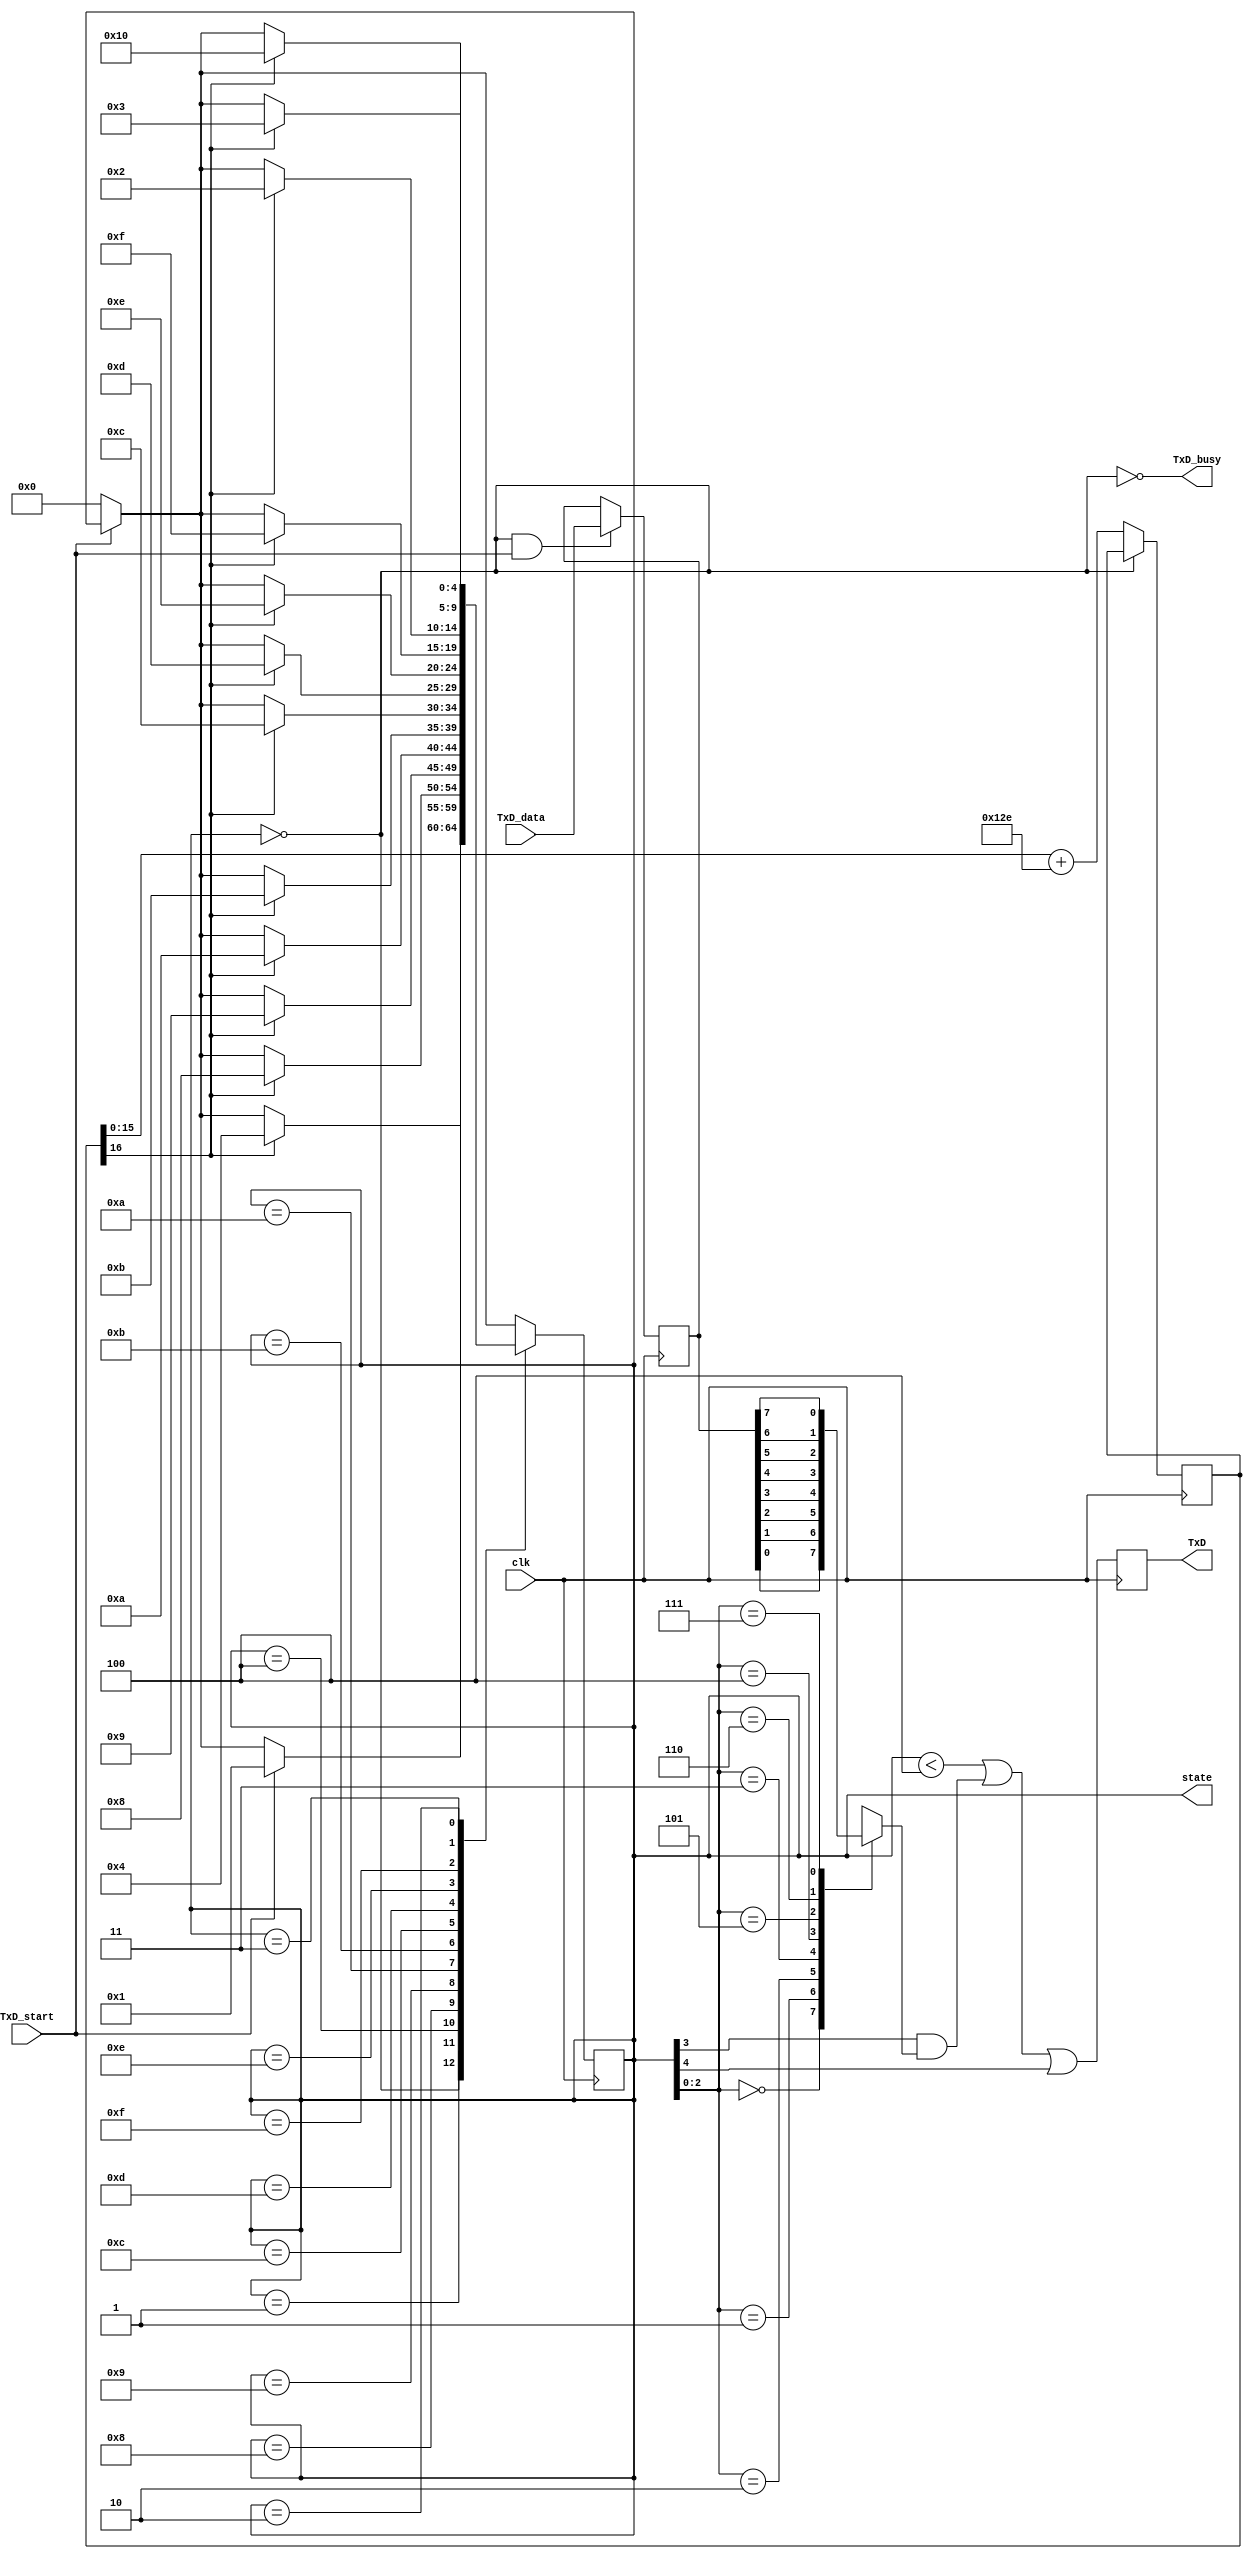
// RS-232 TX module
// (c) fpga4fun.com KNJN LLC - 2003, 2004, 2005, 2006

//`define DEBUG   // in DEBUG mode, we output one bit per clock cycle (useful for faster simulations)

module async_transmit(clk, TxD_start, TxD_data, TxD, TxD_busy, state);
input clk, TxD_start;
input [7:0] TxD_data;
output TxD, TxD_busy;
output [4:0] state;

parameter ClkFrequency = 25000000;	// 25MHz
parameter Baud = 115200;
parameter RegisterInputData = 1;	// in RegisterInputData mode, the input doesn't have to stay valid while the character is been transmitted

// Baud generator
parameter BaudGeneratorAccWidth = 16;
reg [BaudGeneratorAccWidth:0] BaudGeneratorAcc;
// `ifdef DEBUG
// wire [BaudGeneratorAccWidth:0] BaudGeneratorInc = 17'h10000;
// `else
wire [BaudGeneratorAccWidth:0] BaudGeneratorInc = ((Baud<<(BaudGeneratorAccWidth-4))+(ClkFrequency>>5))/(ClkFrequency>>4);
// `endif

wire BaudTick = BaudGeneratorAcc[BaudGeneratorAccWidth];
wire TxD_busy;
always @(posedge clk) if(TxD_busy) BaudGeneratorAcc <= BaudGeneratorAcc[BaudGeneratorAccWidth-1:0] + BaudGeneratorInc;

// Transmitter state machine
reg [4:0] state = 5'b00000;
wire TxD_ready = (state==0);
assign TxD_busy = ~TxD_ready;

reg [7:0] TxD_dataReg;
always @(posedge clk) if(TxD_ready & TxD_start) TxD_dataReg <= TxD_data;
wire [7:0] TxD_dataD = RegisterInputData ? TxD_dataReg : TxD_data;

always @(posedge clk) begin
	if (TxD_start == 0) state <= 5'b00000;

	case(state)
		5'b00000: if(TxD_start) state <= 5'b00001;
		5'b00001: if(BaudTick) state <= 5'b00100;
		5'b00100: if(BaudTick) state <= 5'b01000;  // start
		5'b01000: if(BaudTick) state <= 5'b01001;  // bit 0
		5'b01001: if(BaudTick) state <= 5'b01010;  // bit 1
		5'b01010: if(BaudTick) state <= 5'b01011;  // bit 2
		5'b01011: if(BaudTick) state <= 5'b01100;  // bit 3
		5'b01100: if(BaudTick) state <= 5'b01101;  // bit 4
		5'b01101: if(BaudTick) state <= 5'b01110;  // bit 5
		5'b01110: if(BaudTick) state <= 5'b01111;  // bit 6
		5'b01111: if(BaudTick) state <= 5'b00010;  // bit 7
		5'b00010: if(BaudTick) state <= 5'b00011;  // stop1
		//4'b0011: if(BaudTick) state <= 4'b0000;  // stop2
		5'b00011: if(BaudTick) state <= 5'b10000;  // stop2
		//default: if(BaudTick) state <= 4'b0000;
	endcase
end

// Output mux
reg muxbit;
always @( * )
case(state[2:0])
	3'd0: muxbit <= TxD_dataD[0];
	3'd1: muxbit <= TxD_dataD[1];
	3'd2: muxbit <= TxD_dataD[2];
	3'd3: muxbit <= TxD_dataD[3];
	3'd4: muxbit <= TxD_dataD[4];
	3'd5: muxbit <= TxD_dataD[5];
	3'd6: muxbit <= TxD_dataD[6];
	3'd7: muxbit <= TxD_dataD[7];
endcase

// Put together the start, data and stop bits
reg TxD;
always @(posedge clk) TxD <= (state<4) | (state[3] & muxbit) | state[4];  // register the output to make it glitch free

endmodule